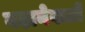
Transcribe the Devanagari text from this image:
बढ़ानेवालों